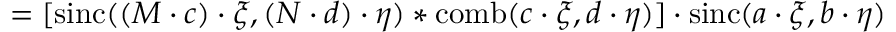
= [ \operatorname { s i n c } ( ( M \cdot c ) \cdot \xi , ( N \cdot d ) \cdot \eta ) * \operatorname { c o m b } ( c \cdot \xi , d \cdot \eta ) ] \cdot \operatorname { s i n c } ( a \cdot \xi , b \cdot \eta )